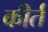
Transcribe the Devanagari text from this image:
कीर्त